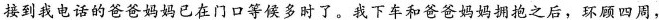
接到我电话的爸爸妈妈已在门口等候多时了。我下车和爸爸妈妈拥抱之后，环顾四周，